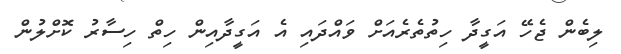
ލިބެން ޖެހޭ އަގީދާ ހިތުތެރެއަށް ވައްދައި އެ އަގީދާއިން ހިތް ހިސާރު ކޮށްލުން